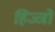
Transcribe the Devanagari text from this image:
हिज्जों